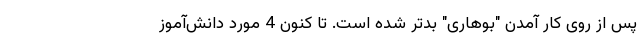
پس از روی کار آمدن "بوهاری" بدتر شده است. تا کنون 4 مورد دانش‌آموز